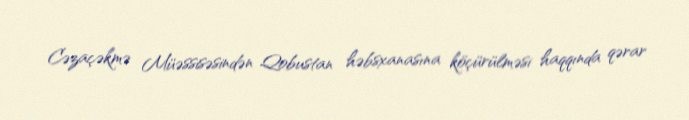
Cəzaçəkmə Müəssisəsindən Qobustan həbsxanasına köçürülməsi haqqında qərar